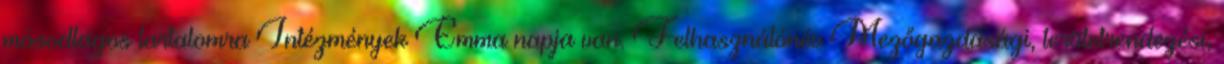
másodlagos tartalomra Intézmények Emma napja van. Felhasználónév Mezőgazdasági, területrendezési,